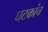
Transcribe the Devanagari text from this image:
घटकांचं